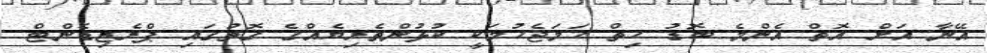
އޭނާ އަށް އޮތް އެންމެ ބޮޑު ހިތް ހަމަޖެހުމަކީ ކުޅުންތެރިޔެއްގެ ގޮތުގައި ޕްރެޒިޑެންޓް